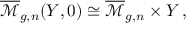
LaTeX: \overline { { { \mathcal { M } } } } _ { g , n } ( Y , 0 ) \cong \overline { { { \mathcal { M } } } } _ { g , n } \times Y \, ,